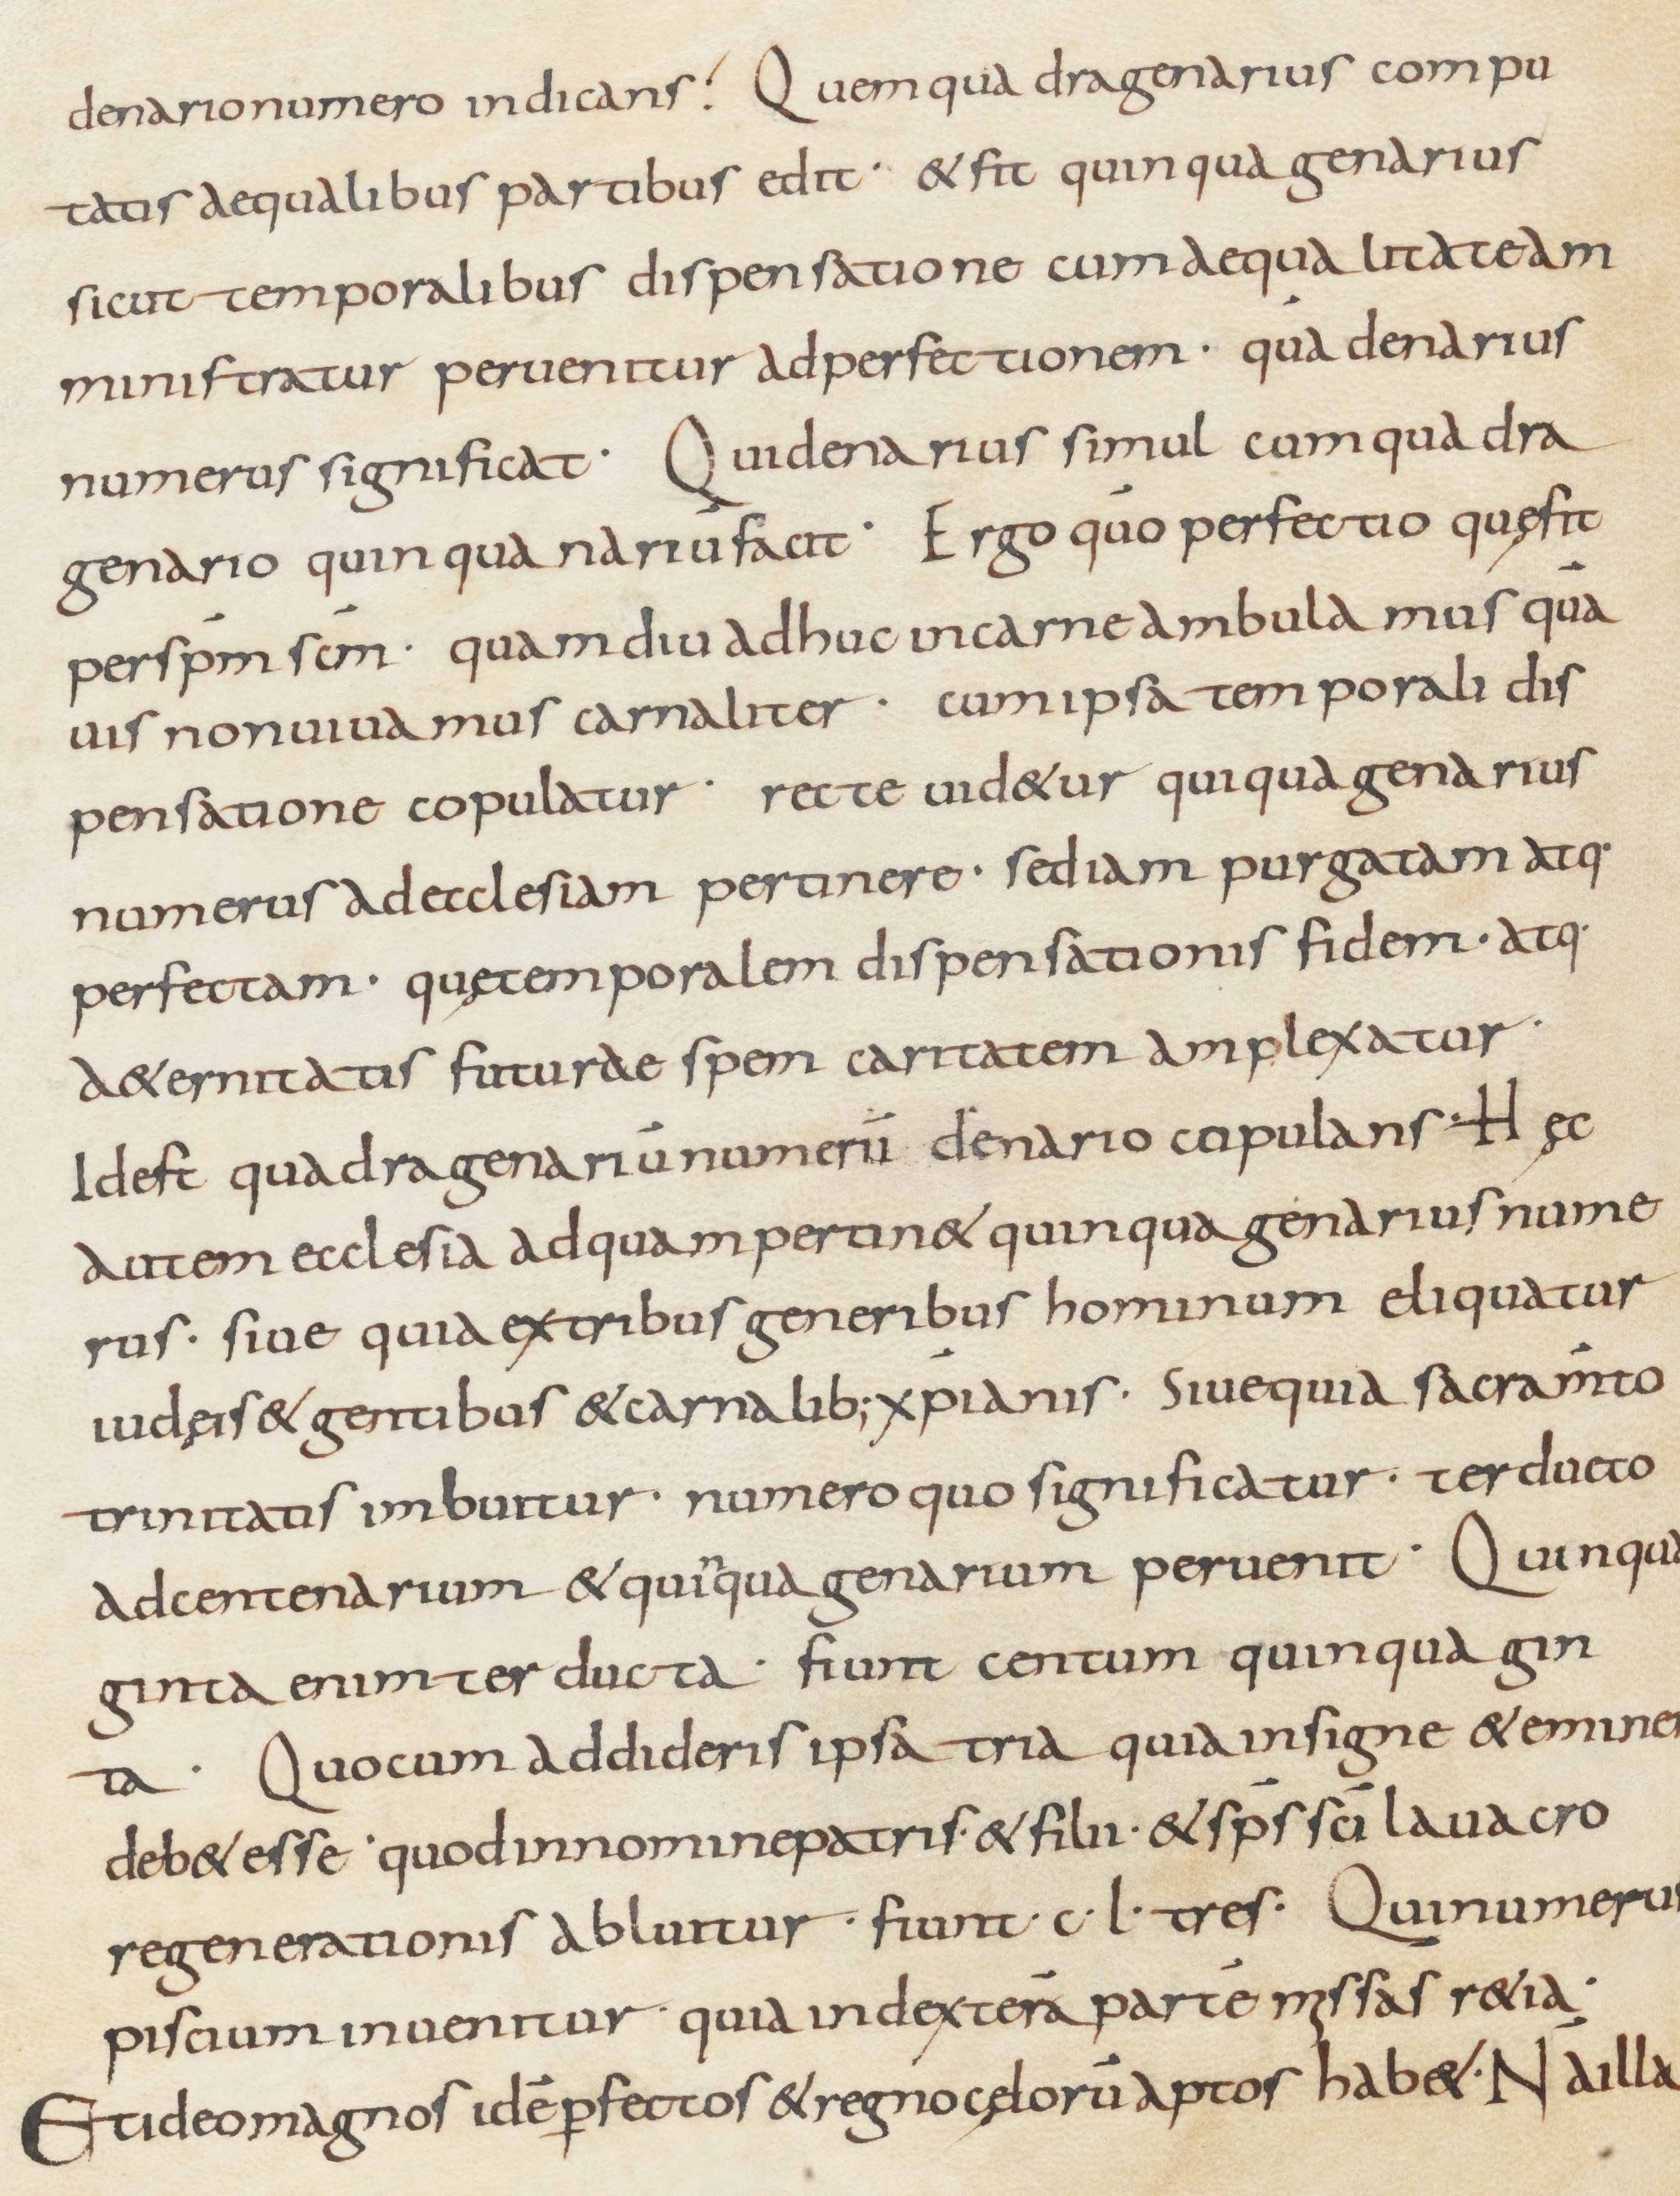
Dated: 800–899